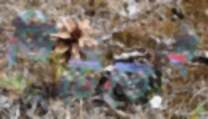
ভিটেতেই